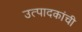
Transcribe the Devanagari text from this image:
उत्पादकांची